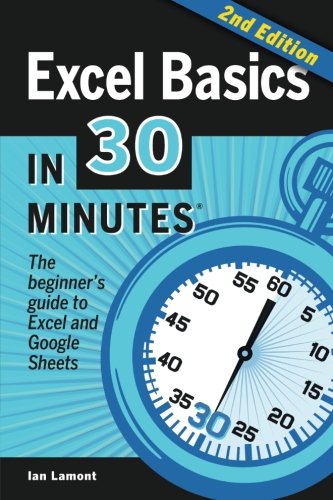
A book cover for Excel Basics In 30 Minutes (2nd Edition): The quick guide to Microsoft Excel and Google Sheets; Ian Lamont; Computers & Technology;